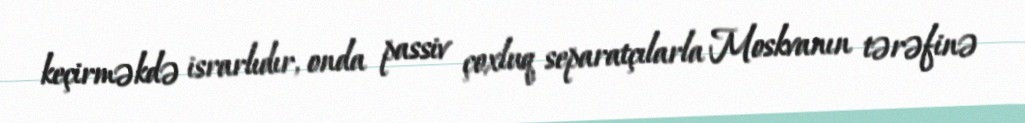
keçirməkdə israrlıdır, onda passiv çoxluq separatçılarla Moskvanın tərəfinə